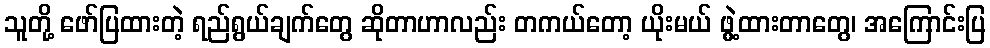
သူတို့ ဖော်ပြထားတဲ့ ရည်ရွယ်ချက်တွေ ဆိုတာဟာလည်း တကယ်တော့ ယိုးမယ် ဖွဲ့ထားတာတွေ၊ အကြောင်းပြ